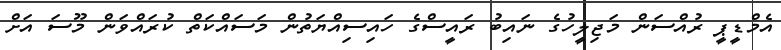
އެމްޑީޕީ ރުއްސަން މަޖިލީހުގެ ނައިބު ރައީސްގެ ހައިސިއްޔަތުން މަސައްކަތް ކުރައްވަން މޫސަ އަށް